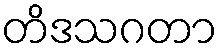
တိဒသဂတာ